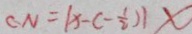
C N = \vert x - ( - \frac { 1 } { 2 } ) \vert x